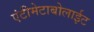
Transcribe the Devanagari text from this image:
एंटीमेटाबोलाईट